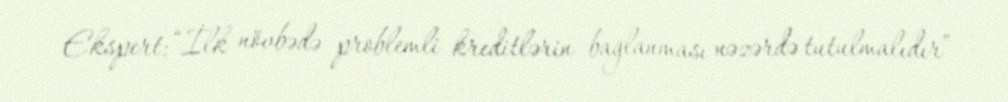
Ekspert: “İlk növbədə problemli kreditlərin bağlanması nəzərdə tutulmalıdır”